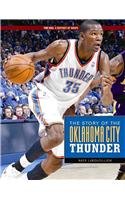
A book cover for The Story of the Oklahoma City Thunder (The NBA: a History of Hoops); Nate Leboutillier; Teen & Young Adult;